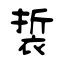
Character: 裚